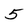
Character: 5